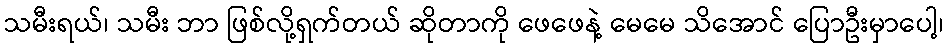
သမီးရယ်၊ သမီး ဘာ ဖြစ်လို့ရှက်တယ် ဆိုတာကို ဖေဖေနဲ့ မေမေ သိအောင် ပြောဦးမှာပေါ့၊